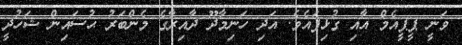
ވަނީ ޕީޕީއެމް އާއި ގުޅިފައެވެ. އަދި ހަނިމާދޫ ދާއިރާގެ މެންބަރު ޙުސައިން ޝަހުދީ